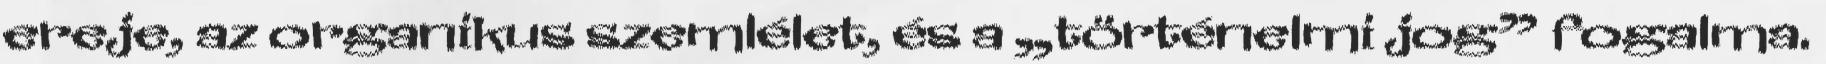
ereje, az organikus szemlélet, és a „történelmi jog” fogalma.